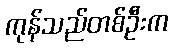
ကုန်သည်တစ်ဦးက